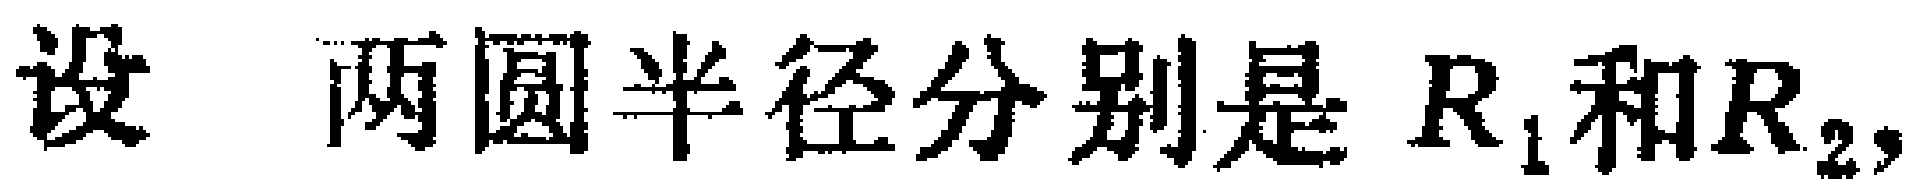
设 两圆半径分别是 \(R_{1}\)和\(R_{2}\)，